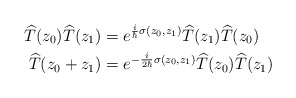
\begin{align*}\widehat{T}(z_{0})\widehat{T}(z_{1}) & =e^{\frac{i}{\hbar}\sigma(z_{0},z_{1})}\widehat{T}(z_{1})\widehat{T}(z_{0})\\\widehat{T}(z_{0}+z_{1}) & =e^{-\frac{i}{2\hbar}\sigma(z_{0},z_{1})}\widehat{T}(z_{0})\widehat{T}(z_{1}) \end{align*}